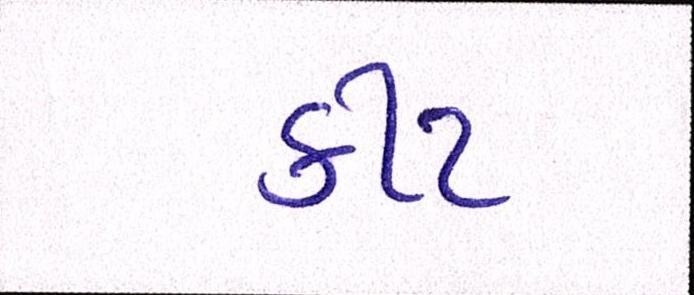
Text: કીટ